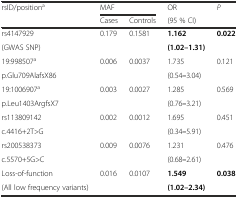
<table><thead><tr><td rowspan="2"><b>rsID/position<sup>a</sup></b></td><td colspan="2"><b>MAF</b></td><td><b>OR</b></td><td rowspan="2"><b><i>P</i></b></td></tr><tr><td><b>Cases</b></td><td><b>Controls</b></td><td><b>(95 % CI)</b></td></tr></thead><tbody><tr><td>rs4147929</td><td rowspan="2">0.179</td><td rowspan="2">0.1581</td><td><b>1.162</b></td><td rowspan="2"><b>0.022</b></td></tr><tr><td>(GWAS SNP)</td><td><b>(1.02–1.31)</b></td></tr><tr><td>19:998507<sup>a</sup></td><td rowspan="2">0.006</td><td rowspan="2">0.0037</td><td>1.735</td><td rowspan="2">0.121</td></tr><tr><td>p.Glu709AlafsX86</td><td>(0.54<b>–</b>3.04)</td></tr><tr><td>19:1006907<sup>a</sup></td><td rowspan="2">0.003</td><td rowspan="2">0.0027</td><td>1.285</td><td rowspan="2">0.569</td></tr><tr><td>p.Leu1403ArgfsX7</td><td>(0.76<b>–</b>3.21)</td></tr><tr><td>rs113809142</td><td rowspan="2">0.002</td><td rowspan="2">0.0012</td><td>1.695</td><td rowspan="2">0.451</td></tr><tr><td>c.4416+2T&gt;G</td><td>(0.34<b>–</b>5.91)</td></tr><tr><td>rs200538373</td><td rowspan="2">0.009</td><td rowspan="2">0.0076</td><td>1.231</td><td rowspan="2">0.476</td></tr><tr><td>c.5570+5G&gt;C</td><td>(0.68<b>–</b>2.61)</td></tr><tr><td>Loss-of-function</td><td rowspan="2">0.016</td><td rowspan="2">0.0107</td><td><b>1.549</b></td><td rowspan="2"><b>0.038</b></td></tr><tr><td>(All low frequency variants)</td><td><b>(1.02–2.34)</b></td></tr></tbody></table>